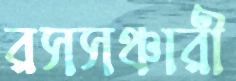
রসসঞ্চারী